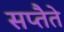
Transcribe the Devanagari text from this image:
सप्तैते